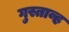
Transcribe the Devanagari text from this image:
गुस्ताव्ह